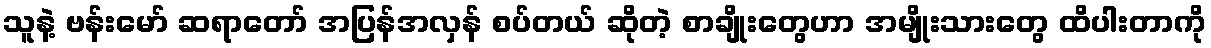
သူနဲ့ ဗန်းမော် ဆရာတော် အပြန်အလှန် စပ်တယ် ဆိုတဲ့ စာချိုးတွေဟာ အမျိုးသားတွေ ထိပါးတာကို